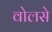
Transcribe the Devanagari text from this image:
वोलसे